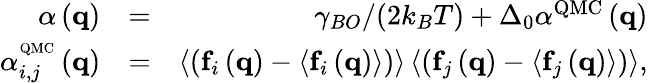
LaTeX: \begin{array}{rlr}{\alpha\left({\mathbf{q}}\right)}&{=}&{{\gamma_{BO}/(2k_{B}T)}+{\Delta_{0}}{\alpha^{{\mathrm{QMC}}}}\left({\mathbf{q}}\right)}\\ {\alpha_{i,j}^{^{{\mathrm{QMC}}}}\left({\mathbf{q}}\right)}&{=}&{\left\langle{\left({{\mathbf{f}_{i}}\left({\mathbf{q}}\right)-\left\langle{{\mathbf{f}_{i}}\left({\mathbf{q}}\right)}\right\rangle}\right)}\right\rangle\left\langle{\left({{\mathbf{f}_{j}}\left({\mathbf{q}}\right)-\left\langle{{\mathbf{f}_{j}}\left({\mathbf{q}}\right)}\right\rangle}\right)}\right\rangle,}\end{array}